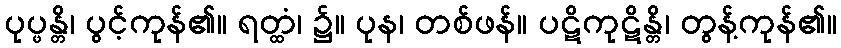
ပုပ္ဖန္တိ၊ ပွင့်ကုန်၏။ ရတ္ထံ၊ ၌။ ပုန၊ တစ်ဖန်။ ပဋိကုဋိန္တိ၊ တွန့်ကုန်၏။